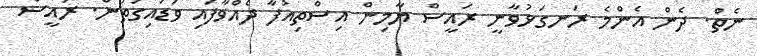
ނެތް. ދެން އެންމެ ރަނގަޅުވާނީ ރައީސް ޔާމިން އިސްތިއުފާ ދެއްވާފައި ވަޑައިގަތުން. ރައީސް